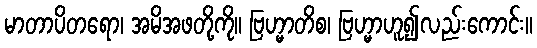
မာတာပိတရော၊ အမိအဖတို့ကို။ ဗြဟ္မာတိစ၊ ဗြဟ္မာဟူ၍လည်းကောင်း။